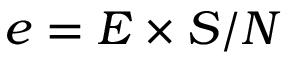
e = E \times S / N